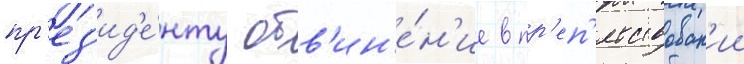
пр'ез'ид'е́нту обв'ин'е́н'ие в пр'еп'ятствован'ии